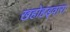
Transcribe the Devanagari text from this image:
खहोहड्वारा